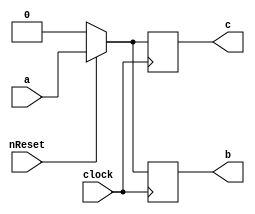
module circuit2(output reg b, output reg c, input a, input clock, input nReset);

always@(posedge clock) begin
    if (nReset == 0) begin
        b = 0;
        c = 0;
    end else begin
        b = a;
        c = b;
    end
end

endmodule